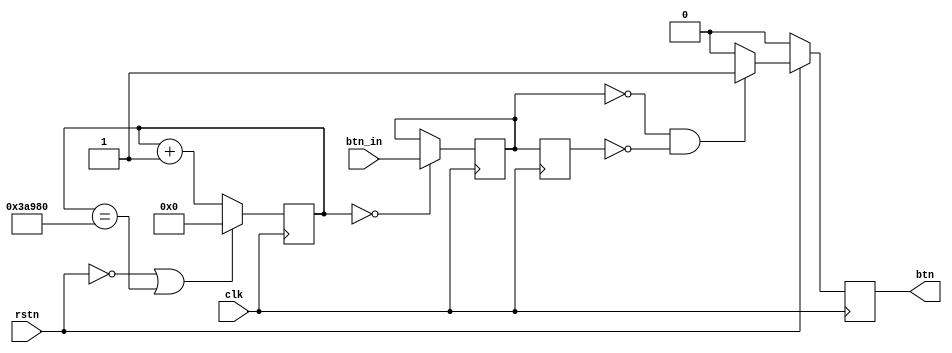
`timescale 1ns / 1ps
//////////////////////////////////////////////////////////////////////////////////
// Company: Myminieye
// 
// Design Name:  
// Module Name:  btn_deb
// Project Name: 
// Target Devices: Gowin
// Tool Versions: 
// Description: 
//      
// Dependencies: 
// 
// Revision:
// Revision 0.01 - File Created
// Additional Comments:
// 
//////////////////////////////////////////////////////////////////////////////////

`define UD #1
module btn_deb
(
    input       clk,  //12MHz
    input       btn_in,
    input       rstn,
    output reg  btn
);

//==================================================================================
    reg [17:0] time_cnt= 18'd0;
    always @ (posedge clk)
    begin
        if(!rstn || time_cnt == 18'h3A980)//20ms
            time_cnt <= `UD 18'd0;
        else
            time_cnt <= `UD time_cnt + 18'd1;
    end
    reg btn_deb1=1'b1;
    reg btn_deb2=1'b1;
    always @(posedge clk)
    begin
        if(time_cnt == 18'd0)
            btn_deb1 <= `UD btn_in;
            btn_deb2 <= `UD btn_deb1;
    end
    always @(posedge clk)
    begin
        if(!rstn)
            btn <= `UD 1'b0;
        else if((!btn_deb1) && (!btn_deb2))//20ms
            btn <= `UD 1'b1;
        else
            btn <= `UD 1'b0;
    end

endmodule